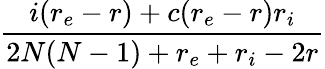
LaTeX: \frac{i(r_{e}-r)+c(r_{e}-r)r_{i}}{2N(N-1)+r_{e}+r_{i}-2r}